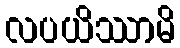
လပယိဿာမိ